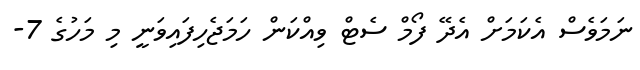
ނަމަވެސް އެކަމަށް އެދޭ ފޯމް ސެޓް ވިއްކަން ހަމަޖެހިފައިވަނީ މި މަހުގެ 7-